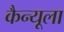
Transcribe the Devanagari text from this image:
कैन्यूला